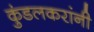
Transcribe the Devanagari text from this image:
कुंडलकरांनी